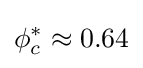
\phi _{c}^{*}\approx 0.64